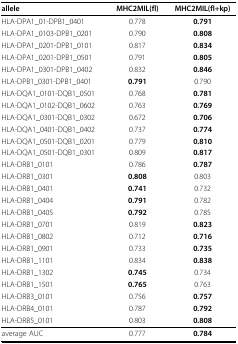
| allele | MHC2MIL(fl) | MHC2MIL(fl+kp) |
 | --- | --- | --- |
 | HLA-DPA1_01-DPB1_0401 | 0.778 | 0.791 |
 | HLA-DPA1_0103-DPB1_0201 | 0.790 | 0.808 |
 | HLA-DPA1_0201-DPB1_0101 | 0.817 | 0.834 |
 | HLA-DPA1_0201-DPB1_0501 | 0.791 | 0.805 |
 | HLA-DPA1_0301-DPB1_0402 | 0.832 | 0.846 |
 | HLA-DPB1_0301-DPB1_0401 | 0.791 | 0.790 |
 | HLA-DQA1_0101-DQB1_0501 | 0.768 | 0.781 |
 | HLA-DQA1_0102-DQB1_0602 | 0.763 | 0.769 |
 | HLA-DQA1_0301-DQB1_0302 | 0.672 | 0.706 |
 | HLA-DQA1_0401-DQB1_0402 | 0.737 | 0.774 |
 | HLA-DQA1_0501-DQB1_0201 | 0.779 | 0.810 |
 | HLA-DQA1_0501-DQB1_0301 | 0.809 | 0.817 |
 | HLA-DRB1_0101 | 0.786 | 0.787 |
 | HLA-DRB1_0301 | 0.808 | 0.803 |
 | HLA-DRB1_0401 | 0.741 | 0.732 |
 | HLA-DRB1_0404 | 0.791 | 0.782 |
 | HLA-DRB1_0405 | 0.792 | 0.785 |
 | HLA-DRB1_0701 | 0.819 | 0.823 |
 | HLA-DRB1_0802 | 0.712 | 0.716 |
 | HLA-DRB1_0901 | 0.733 | 0.735 |
 | HLA-DRB1_1101 | 0.834 | 0.838 |
 | HLA-DRB1_1302 | 0.745 | 0.734 |
 | HLA-DRB1_1501 | 0.765 | 0.763 |
 | HLA-DRB3_0101 | 0.756 | 0.757 |
 | HLA-DRB4_0101 | 0.787 | 0.792 |
 | HLA-DRB5_0101 | 0.803 | 0.808 |
 | average AUC | 0.777 | 0.784 |